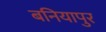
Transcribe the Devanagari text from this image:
बनियापुर